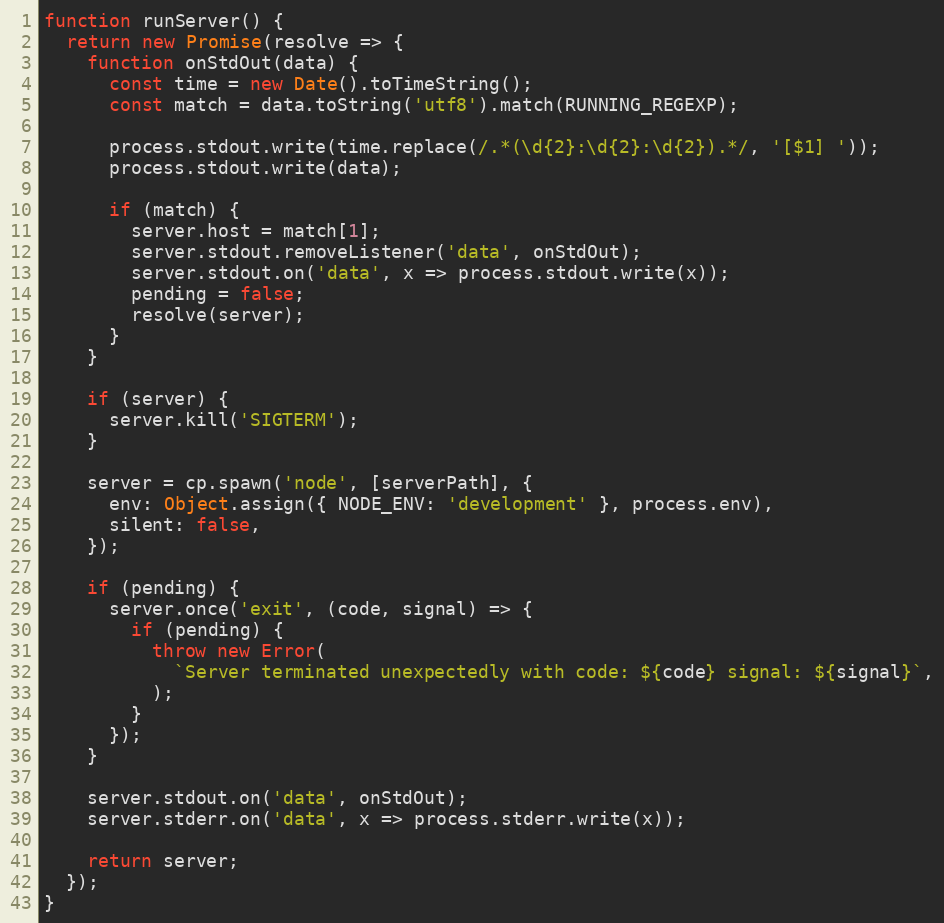
Language: JavaScript
function runServer() {
  return new Promise(resolve => {
    function onStdOut(data) {
      const time = new Date().toTimeString();
      const match = data.toString('utf8').match(RUNNING_REGEXP);

      process.stdout.write(time.replace(/.*(\d{2}:\d{2}:\d{2}).*/, '[$1] '));
      process.stdout.write(data);

      if (match) {
        server.host = match[1];
        server.stdout.removeListener('data', onStdOut);
        server.stdout.on('data', x => process.stdout.write(x));
        pending = false;
        resolve(server);
      }
    }

    if (server) {
      server.kill('SIGTERM');
    }

    server = cp.spawn('node', [serverPath], {
      env: Object.assign({ NODE_ENV: 'development' }, process.env),
      silent: false,
    });

    if (pending) {
      server.once('exit', (code, signal) => {
        if (pending) {
          throw new Error(
            `Server terminated unexpectedly with code: ${code} signal: ${signal}`,
          );
        }
      });
    }

    server.stdout.on('data', onStdOut);
    server.stderr.on('data', x => process.stderr.write(x));

    return server;
  });
}